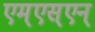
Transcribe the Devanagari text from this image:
एम्‌एस्‌एन्‌